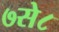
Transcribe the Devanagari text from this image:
७से८